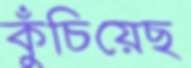
কুঁচিয়েছ